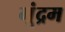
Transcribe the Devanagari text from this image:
मूंद्रम